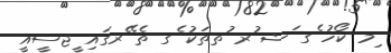
ިމ ކޯހު ެގ ަޝ ުރ ުތތަކު ެގ ތެ ޭރގައި ީޖސީއީ